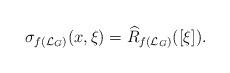
LaTeX: \begin{align*} \sigma_{f(\mathcal{L}_G)}(x,\xi)=\widehat{R}_{f(\mathcal{L}_G)}([\xi]).\end{align*}